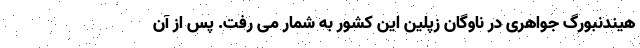
هیندنبورگ جواهری در ناوگان زپلین این کشور به شمار می رفت. پس از آن